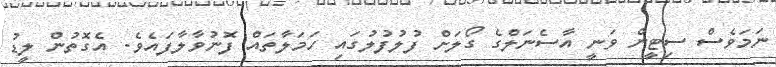
ނަމަވެސް ސިޓީން ވަނީ އާސެނަލްގެ ގޯލަށް ފުލުފުލުގައި ހަމަލާތައް ފޮނުވާލާފައެވެ. އެގޮތުން ލީޑު